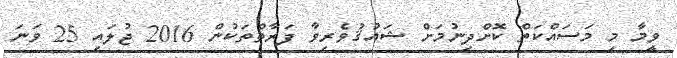
ވީމާ މި މަސައްކަތް ކޮށްދިނުމަށް ޝައުޤުވެރިވާ ފަރާތްތަކުން 2016 ޖުލައި 25 ވަނަ